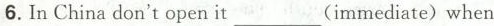
6.In China don't open it___(immediate)when